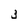
Character: 3